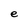
Character: e